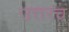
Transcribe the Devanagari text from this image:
उत्तरच